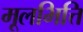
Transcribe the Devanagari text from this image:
मूलभित्ति